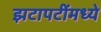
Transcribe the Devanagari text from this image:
झटापटींमध्ये